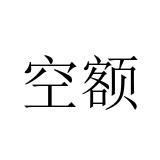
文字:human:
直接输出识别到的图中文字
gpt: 空额